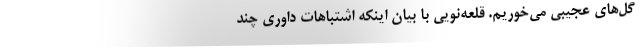
گل‌های عجیبی می‌خوریم. قلعه‌نویی با بیان اینکه اشتباهات داوری چند